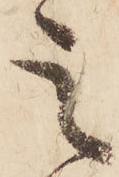
之